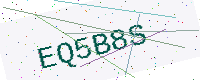
Text: EQ5B8S